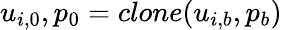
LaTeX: u_{i,0},p_{0}=clone(u_{i,b},p_{b})